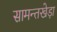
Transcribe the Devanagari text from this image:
सामन्तखेड़ा